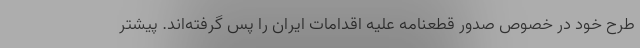
طرح خود در خصوص صدور قطعنامه علیه اقدامات ایران را پس گرفته‌اند. پیشتر